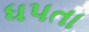
ધપતા